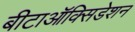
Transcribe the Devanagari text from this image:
बीटाऑक्सिडेशन